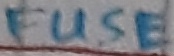
Text: FUSE